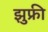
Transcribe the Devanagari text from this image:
झुफ्री